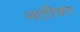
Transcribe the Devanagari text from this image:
नटीवर